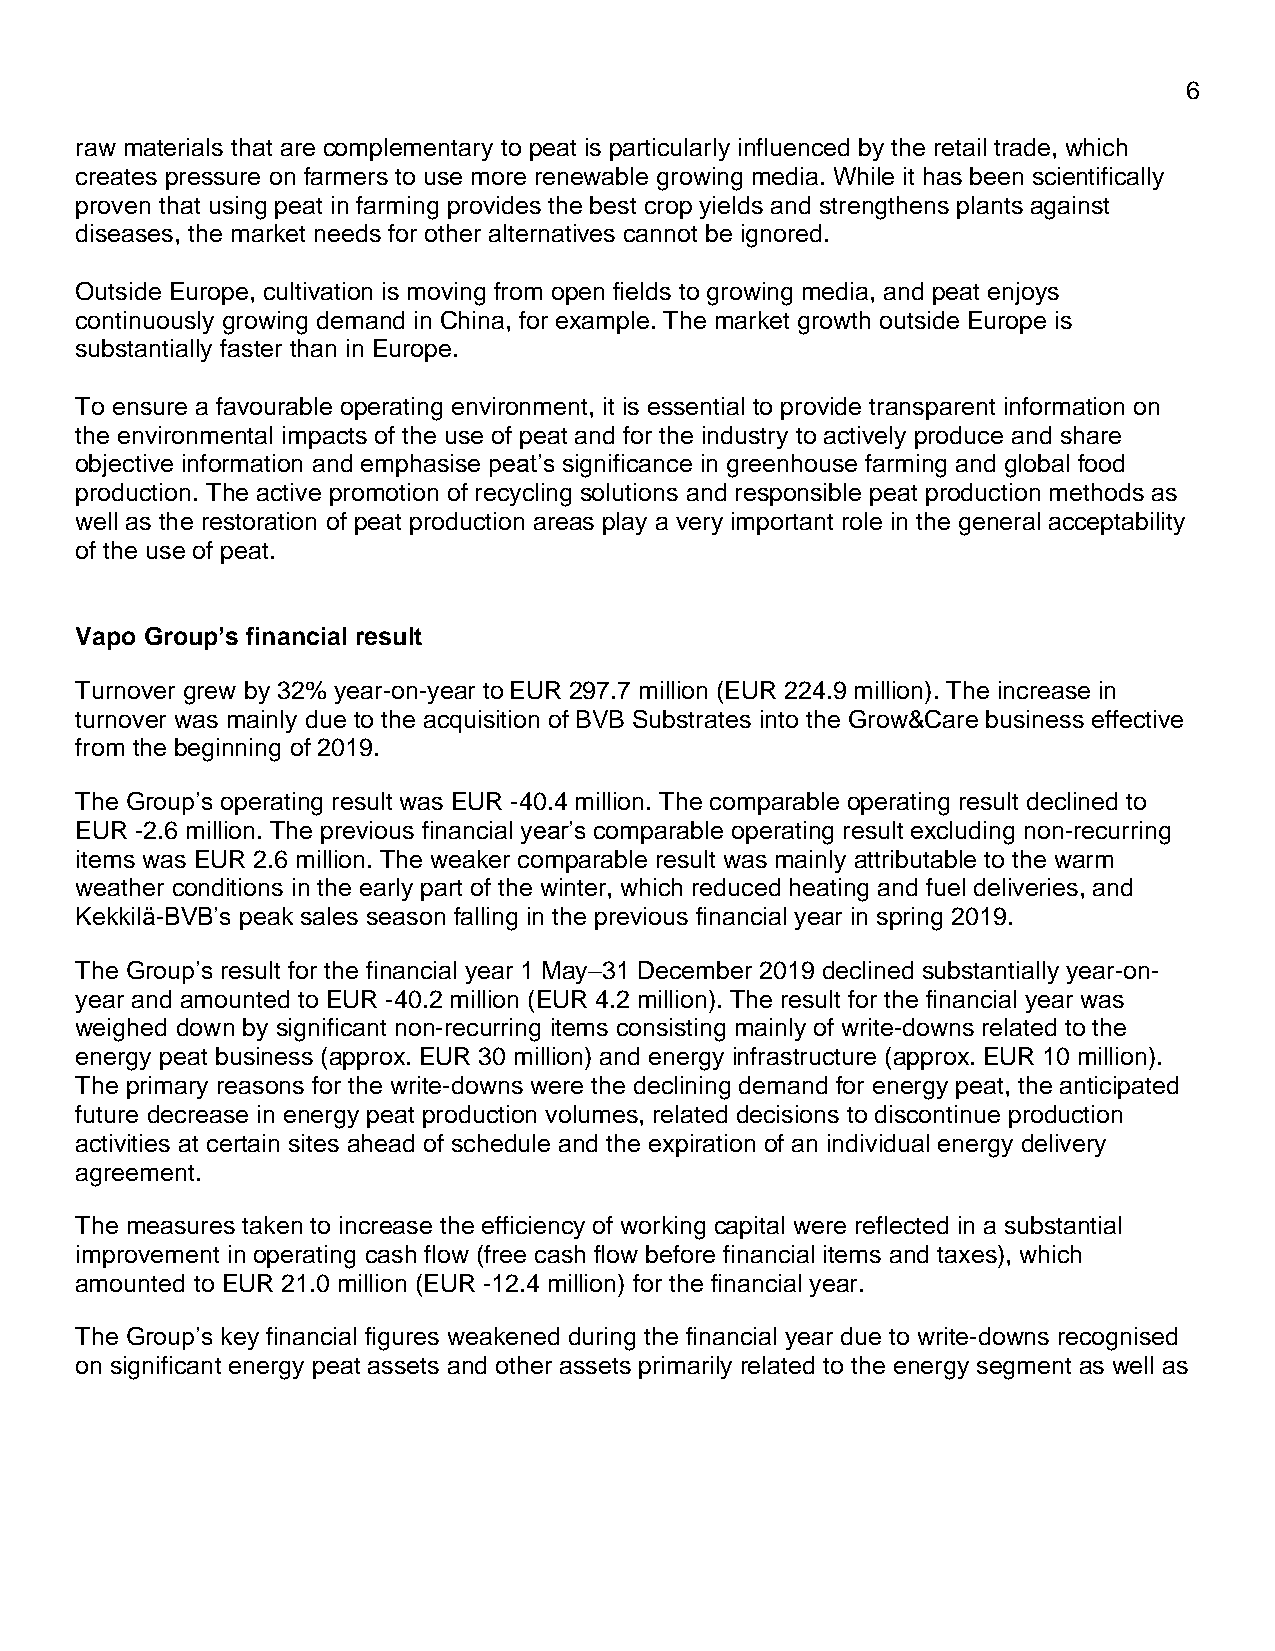
6
 raw materials that are complementary to peat is particularly influenced by the retail trade, which
 creates pressure on farmers to use more renewable growing media. While it has been scientifically
 proven that using peat in farming provides the best crop yields and strengthens plants against
 diseases, the market needs for other alternatives cannot be ignored.
 Outside Europe, cultivation is moving from open fields to growing media, and peat enjoys
 continuously growing demand in China, for example. The market growth outside Europe is
 substantially faster than in Europe.
 To ensure a favourable operating environment, it is essential to provide transparent information on
 the environmental impacts of the use of peat and for the industry to actively produce and share
 objective information and emphasise peat’s significance in greenhouse farming and global food
 production. The active promotion of recycling solutions and responsible peat production methods as
 well as the restoration of peat production areas play a very important role in the general acceptability
 of the use of peat.
 Vapo Group’s financial result
 Turnover grew by 32% year-on-year to EUR 297.7 million (EUR 224.9 million). The increase in
 turnover was mainly due to the acquisition of BVB Substrates into the Grow&Care business effective
 from the beginning of 2019.
 The Group’s operating result was EUR -40.4 million. The comparable operating result declined to
 EUR -2.6 million. The previous financial year’s comparable operating result excluding non-recurring
 items was EUR 2.6 million. The weaker comparable result was mainly attributable to the warm
 weather conditions in the early part of the winter, which reduced heating and fuel deliveries, and
 Kekkilä-BVB’s peak sales season falling in the previous financial year in spring 2019.
 The Group’s result for the financial year 1 May–31 December 2019 declined substantially year-on-
 year and amounted to EUR -40.2 million (EUR 4.2 million). The result for the financial year was
 weighed down by significant non-recurring items consisting mainly of write-downs related to the
 energy peat business (approx. EUR 30 million) and energy infrastructure (approx. EUR 10 million).
 The primary reasons for the write-downs were the declining demand for energy peat, the anticipated
 future decrease in energy peat production volumes, related decisions to discontinue production
 activities at certain sites ahead of schedule and the expiration of an individual energy delivery
 agreement.
 The measures taken to increase the efficiency of working capital were reflected in a substantial
 improvement in operating cash flow (free cash flow before financial items and taxes), which
 amounted to EUR 21.0 million (EUR -12.4 million) for the financial year.
 The Group’s key financial figures weakened during the financial year due to write-downs recognised
 on significant energy peat assets and other assets primarily related to the energy segment as well as